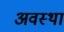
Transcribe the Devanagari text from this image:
अवस्‍था